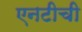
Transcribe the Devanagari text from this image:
एनटीची